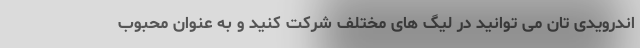
اندرویدی تان می توانید در لیگ های مختلف شرکت کنید و به عنوان محبوب